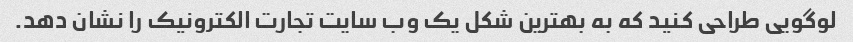
لوگویی طراحی کنید که به بهترین شکل یک وب سایت تجارت الکترونیک را نشان دهد.